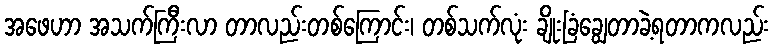
အဖေဟာ အသက်ကြီးလာ တာလည်းတစ်ကြောင်း၊ တစ်သက်လုံး ချိုးခြံချွေတာခဲ့ရတာကလည်း